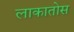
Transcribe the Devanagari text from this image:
लाकातोस